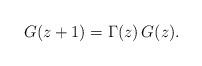
LaTeX: \begin{align*}G(z+1) = \Gamma(z)\,G(z).\end{align*}